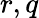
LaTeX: r,q